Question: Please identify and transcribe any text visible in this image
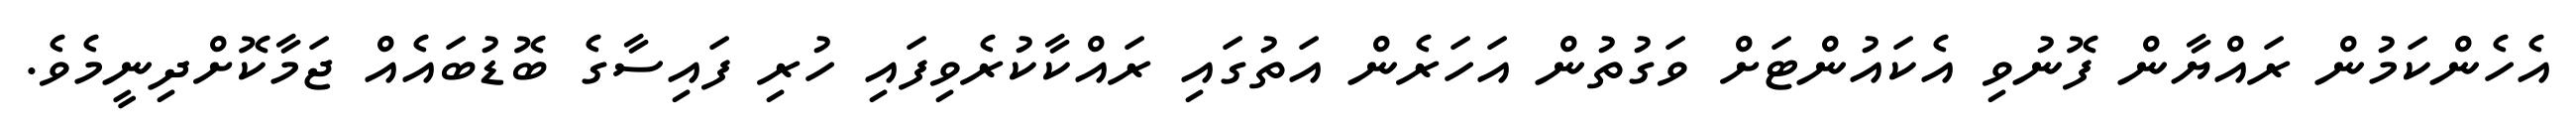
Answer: އެހެންކަމުން ރައްޔާން ފޮނުވި އެކައުންޓަށް ވަގުތުން އަހަރެން އަތުގައި ރައްކާކުރެވިފައި ހުރި ފައިސާގެ ބޮޑުބައެއް ޖަމާކޮށްދިނީމެވެ.